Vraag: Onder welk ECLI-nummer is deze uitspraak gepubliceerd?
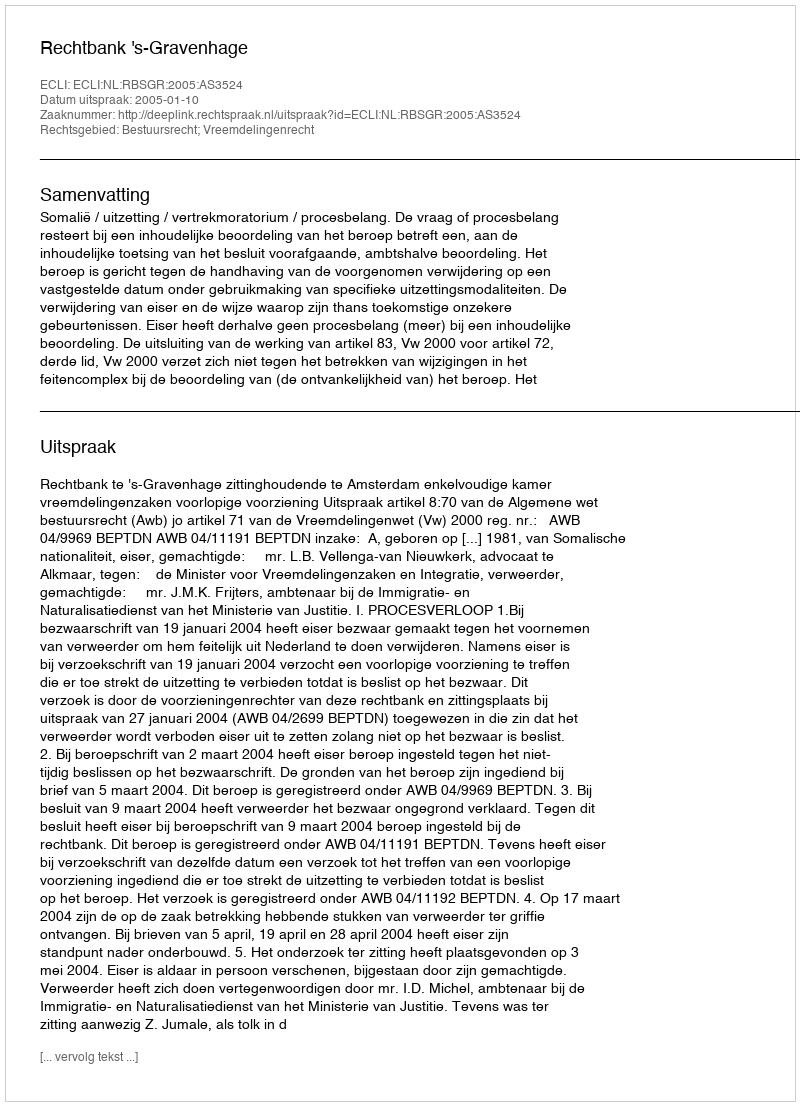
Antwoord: ECLI:NL:RBSGR:2005:AS3524